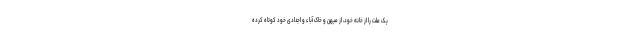
یک ملّت را از خانه‌ خود، از میهن و خاک آباء و اجدادی خود کوتاه کرده